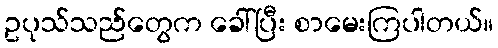
ဥပုသ်သည်တွေက ခေါ်ပြီး စာမေးကြပါတယ်။